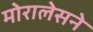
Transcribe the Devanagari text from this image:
मोरालेसने